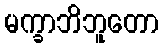
မက္ခာဘိဘူတော